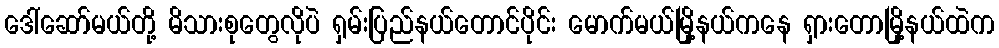
ဒေါ်ဆော်မယ်တို့ မိသားစုတွေလိုပဲ ရှမ်းပြည်နယ်တောင်ပိုင်း မောက်မယ်မြို့နယ်ကနေ ရှားတောမြို့နယ်ထဲက